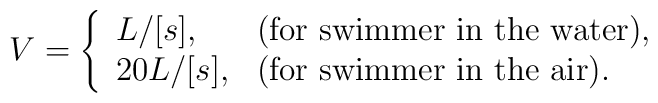
V = \left\{ \begin{array}{ll}L / [s], &\mbox{(for swimmer in the water),} \nonumber \\20 L / [s], &\mbox{(for swimmer in the air).}\end{array}\right.